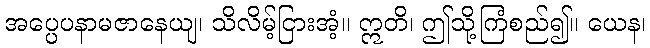
အပ္ပေပနာမဇာနေယျ၊ သိလိမ့်ငြားအံ့။ ဣတိ၊ ဤသို့ကြံစည်၍။ ယေန၊